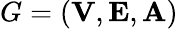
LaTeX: G=({\mathbf V},{\mathbf E},{\mathbf A})